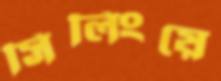
সিলিংয়ে